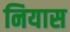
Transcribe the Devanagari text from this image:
नियास